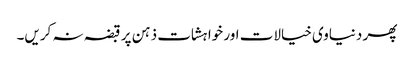
پھر دنیاوی خیالات اور خواہشات ذہن پر قبضہ نہ کریں۔